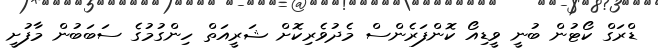
ޑްރަގް ކޯޓުން ބުނީ ވީޑިއޯ ކޮންފަރެންސް މެދުވެރިކޮށް ޝަރީއަތް ހިންގުމުގެ ސަބަބުން މާފުށީ